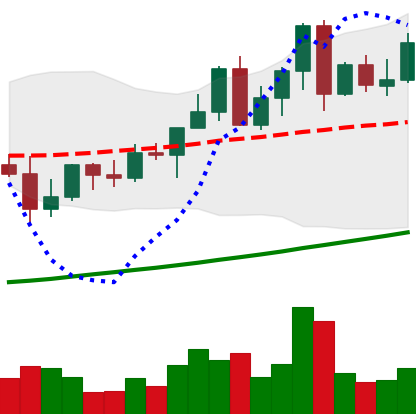
Ticker: LINK-USD
Chart end date: 2021-04-11
Forward return: 24.123%
Label: up_7plus